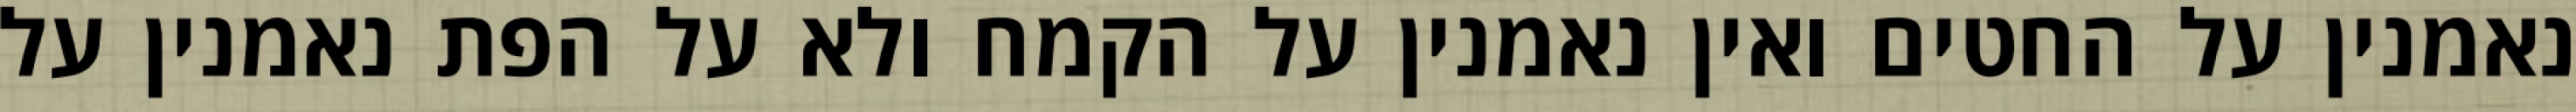
נאמנין על החטים ואין נאמנין על הקמח ולא על הפת נאמנין על